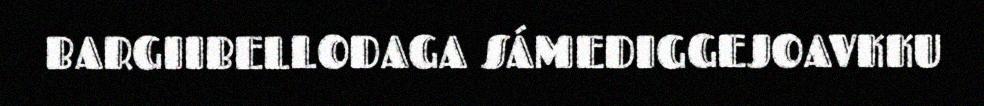
BARGIIBELLODAGA SÁMEDIGGEJOAVKKU